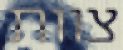
צוות